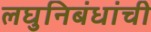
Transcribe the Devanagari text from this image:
लघुनिबंधांची